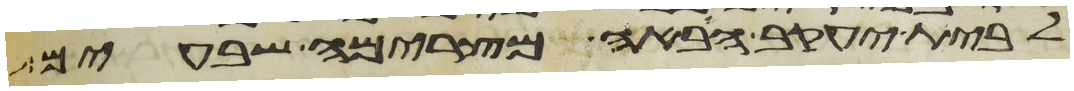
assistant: לבית יעקב הבאה מצרימה שבעים